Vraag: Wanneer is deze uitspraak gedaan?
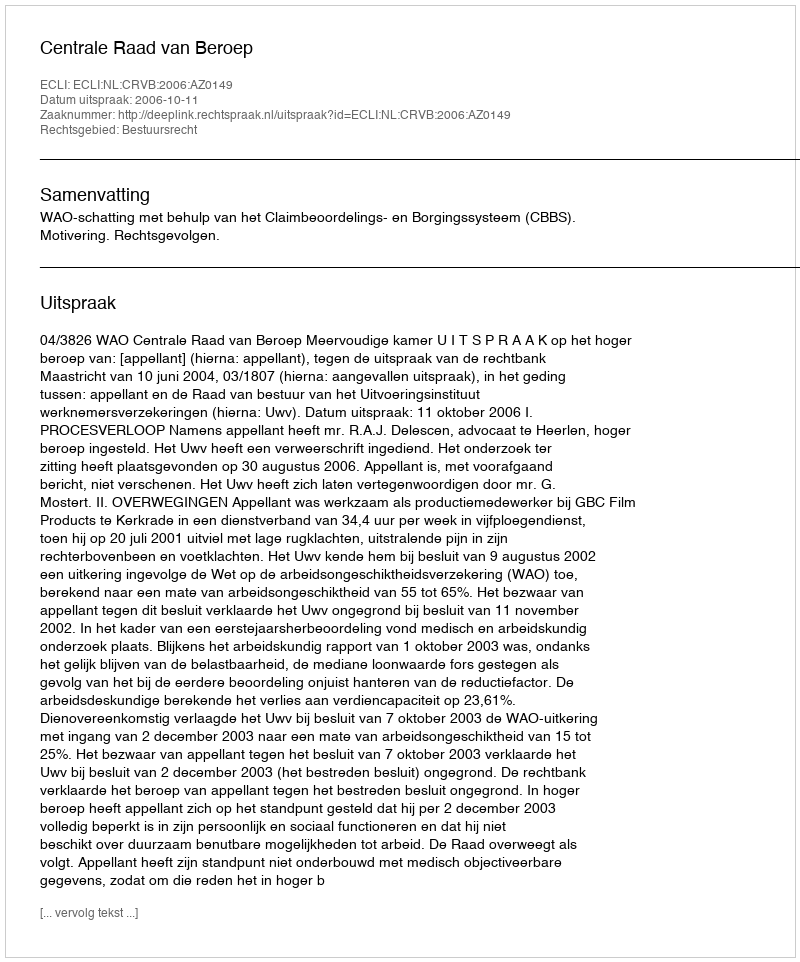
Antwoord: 2006-10-11